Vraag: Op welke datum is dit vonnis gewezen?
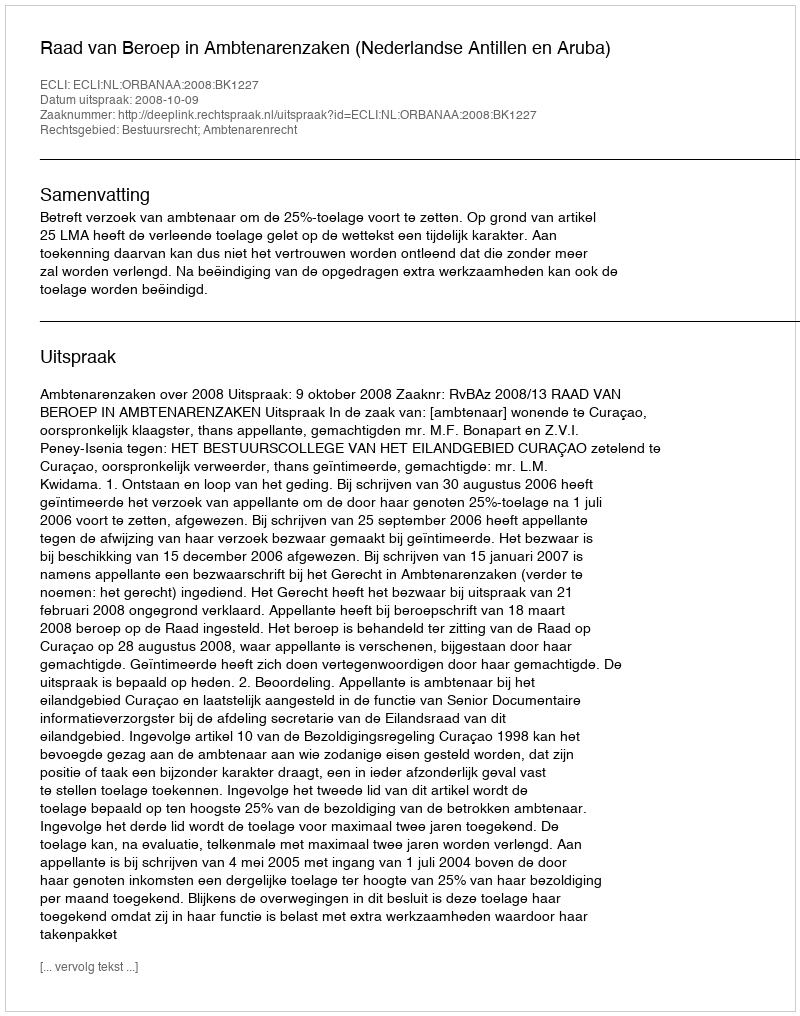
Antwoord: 2008-10-09